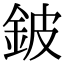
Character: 鈹